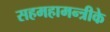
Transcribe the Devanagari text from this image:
सहमहामन्त्रीके